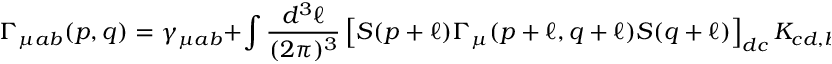
\Gamma _ { \mu a b } ( p , q ) = \gamma _ { \mu a b } + \int \frac { d ^ { 3 } \ell } { ( 2 \pi ) ^ { 3 } } \left[ S ( p + \ell ) \Gamma _ { \mu } ( p + \ell , q + \ell ) S ( q + \ell ) \right] _ { d c } K _ { c d , b a } ( q + \ell , p + \ell , \ell ) ,